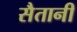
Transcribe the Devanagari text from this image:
सैतानी